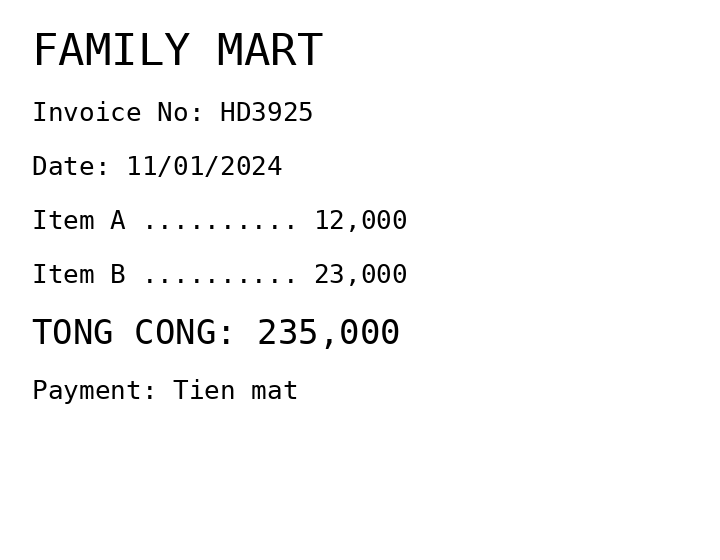
FAMILY MART
Invoice No: HD3925
Date: 11/01/2024
Item A .......... 12,000
Item B .......... 23,000
TONG CONG: 235,000
Payment: Tien mat
Merchant: family mart
Date: 2024-01-11
Total: 235000
Invoice No: HD3925
Payment method: CASH